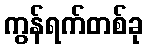
ကွန်ရက်တစ်ခု